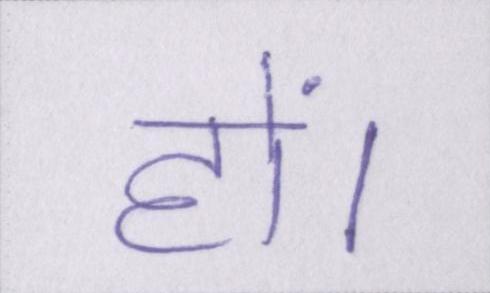
हों।